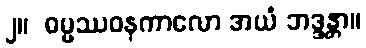
၂။  ဓမ္မဿဝနကာလော အယံ ဘဒ္ဒန္တာ။